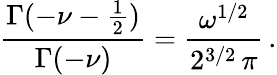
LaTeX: \frac{\Gamma(-\nu-\frac{1}{2})}{\Gamma(-\nu)}=\frac{\omega^{1/2}}{2^{3/2}\, \pi}\, .